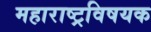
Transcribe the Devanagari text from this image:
महाराष्‍ट्रविषयक